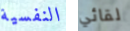
النفسية لقائي